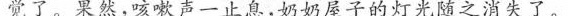
觉了。果然，咳嗽声一止息，奶奶屋子的灯光随之消失了。